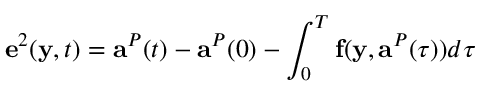
\mathbf { e } ^ { 2 } ( \mathbf { y } , t ) = \mathbf { a } ^ { P } ( t ) - \mathbf { a } ^ { P } ( 0 ) - \int _ { 0 } ^ { T } \mathbf { f } ( \mathbf { y } , \mathbf { a } ^ { P } ( \tau ) ) d \tau